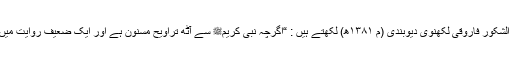
(الکلام الحسن: ۸۹/۲)” جناب عبد الشکور فاروقی لکھنوی دیوبندی (م ۱۳۸۱ھ) لکھتے ہیں : “اگرچہ نبی کریمﷺ سے آٹھ تراویح مسنون ہے اور ایک ضعیف روایت میں ابنِ عباس سے بیس رکعت بھی۔